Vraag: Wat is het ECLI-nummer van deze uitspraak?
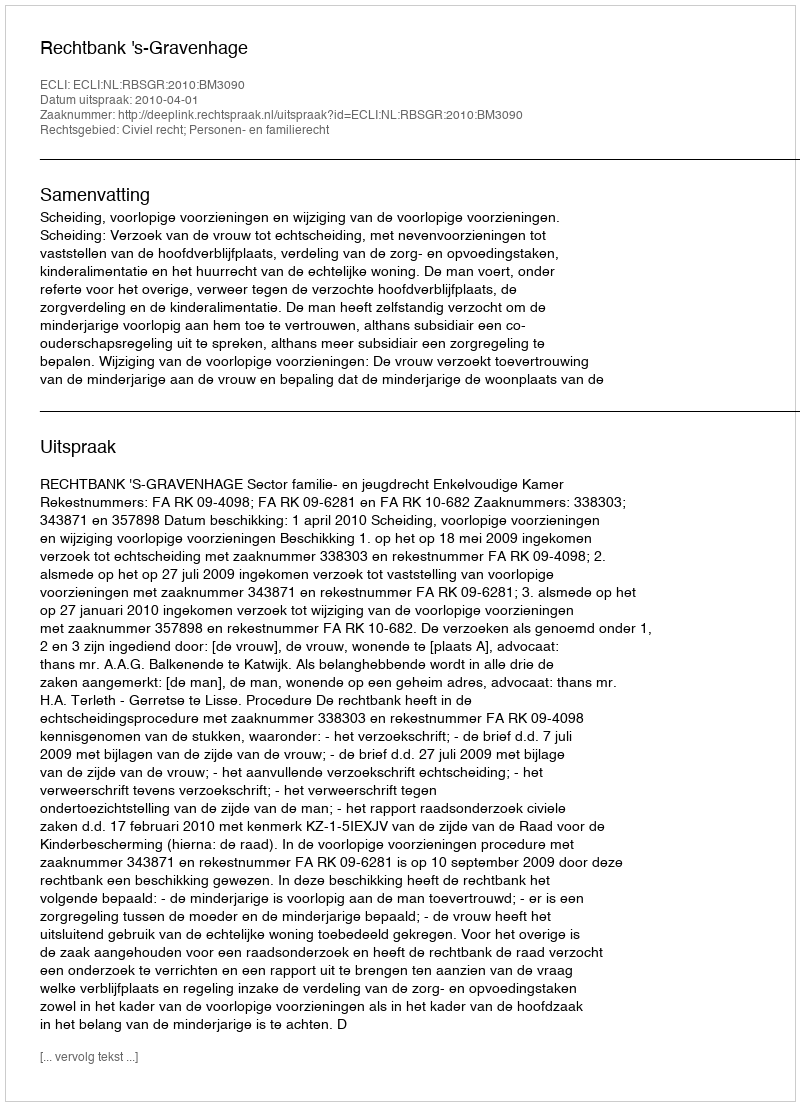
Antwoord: ECLI:NL:RBSGR:2010:BM3090